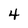
Character: 4